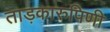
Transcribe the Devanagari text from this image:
ताड़कारुपिणी